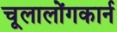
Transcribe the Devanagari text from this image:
चूलालोंगकार्न